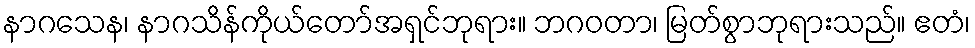
နာဂသေန၊ နာဂသိန်ကိုယ်တော်အရှင်ဘုရား။ ဘဂဝတာ၊ မြတ်စွာဘုရားသည်။ ဧတံ၊